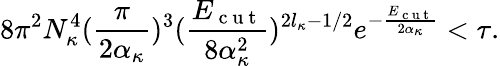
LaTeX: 8\pi^{2}N_{\kappa}^{4}(\frac{\pi}{2\alpha_{\kappa}})^{3}(\frac{E_{\mathrm{~c~u~t~}}}{8\alpha_{\kappa}^{2}})^{2l_{\kappa}-1/2}e^{-\frac{E_{\mathrm{~c~u~t~}}}{2\alpha_{\kappa}}}<\tau.